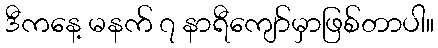
ဒီကနေ့ မနက် ၇ နာရီကျော်မှာဖြစ်တာပါ။